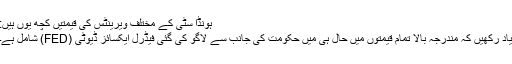
ہونڈا سٹی کے مختلف ویرینٹس کی قیمتیں کچھ یوں ہیں:
یاد رکھیں کہ مندرجہ بالا تمام قیمتوں میں حال ہی میں حکومت کی جانب سے لاگو کی گئی فیڈرل ایکسائز ڈیوٹی (FED) شامل ہے۔